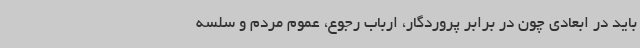
باید در ابعادی چون در برابر پروردگار، ارباب رجوع، عموم مردم و سلسه